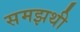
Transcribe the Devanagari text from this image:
समझथी